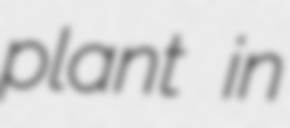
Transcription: plant in